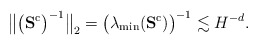
\begin{align*}\big\|\big(\mathbf{S}^\mathrm{c}\big)^{-1}\big\|_2 = \big(\lambda_\mathrm{min}(\mathbf{S}^\mathrm{c})\big)^{-1} \lesssim H^{-d}. \end{align*}